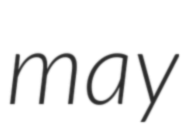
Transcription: may